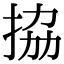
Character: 拹